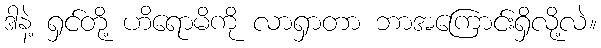
ဒါနဲ့ ရှင်တို့ ဟိရောမိကို လာရှာတာ ဘာအကြောင်းရှိလို့လဲ။